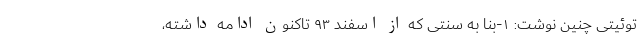
توئیتی چنین نوشت: ١-بنا به سنتی که از اسفند ۹۳ تاکنون ادامه داشته،